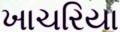
ખાચરિયા